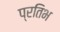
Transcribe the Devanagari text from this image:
प्रतिभ